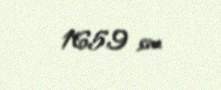
165,9 sm